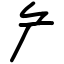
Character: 厃